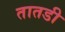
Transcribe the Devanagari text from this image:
तातडी